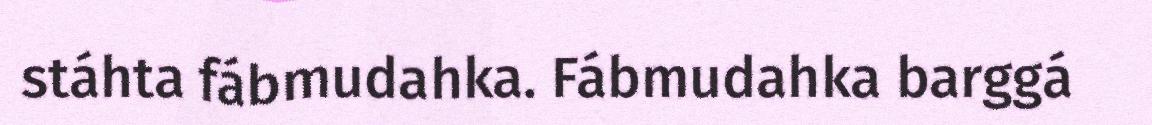
stáhta fábmudahka. Fábmudahka barggá